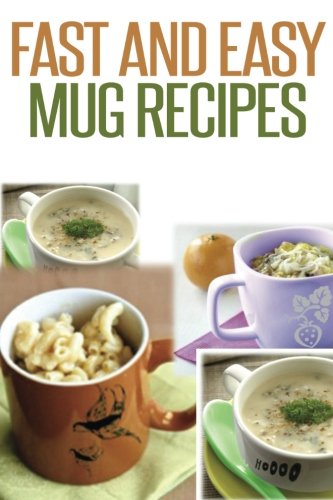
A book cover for Fast And Easy Mug Recipes (Volume 1); Anela T.; Cookbooks, Food & Wine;